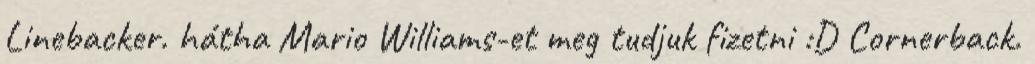
Linebacker. hátha Mario Williams-et meg tudjuk fizetni :D Cornerback.